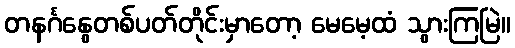
တနင်္ဂနွေတစ်ပတ်တိုင်းမှာတော့ မေမေ့ထံ သွားကြမြဲ။